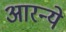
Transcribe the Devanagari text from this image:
आरन्ये